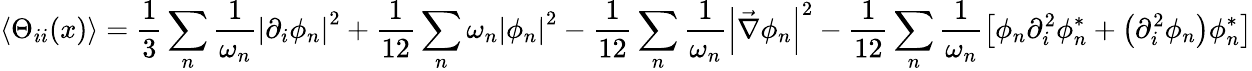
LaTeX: \left\langle\Theta_{ii}(x)\right\rangle=\frac{1}{3}\sum_{n}\frac{1}{\omega_{n}}\left|\partial_{i}\phi_{n}\right|^{2}+\frac{1}{12}\sum_{n}\omega_{n}\left|\phi_{n}\right|^{2}-\frac{1}{12}\sum_{n}\frac{1}{\omega_{n}}\left|\vec{\nabla}\phi_{n}\right|^{2}-\frac{1}{12}\sum_{n}\frac{1}{\omega_{n}}\left[\phi_{n}\partial_{i}^{2}\phi_{n}^{*}+\left(\partial_{i}^{2}\phi_{n}\right)\phi_{n}^{*}\right]